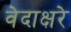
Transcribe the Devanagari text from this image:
वेदाक्षरे